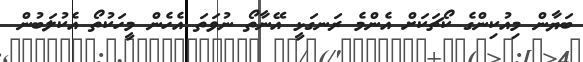
ބަޔާން މިއުކިންގެ ކޯޗަކަށް އެންމެ ރަނގަޅީ އޭނާތޯ ނުވަތަ އެހެން މީހަކުތޯ އެކުލަބުން